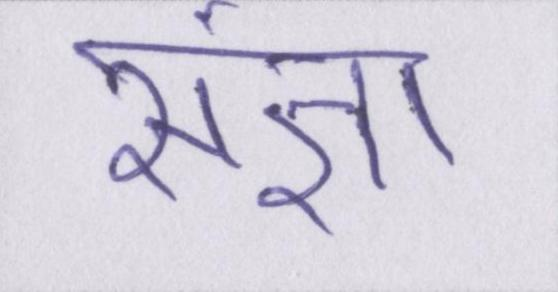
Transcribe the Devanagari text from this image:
संज्ञा